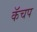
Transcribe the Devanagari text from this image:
कॅचप